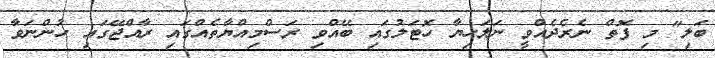
ބަލި" މި ފޮތް ނެރެދެއްވީ ނަލަހިޔާ ހޮޓަލުގައި ބޭއްވި ރަސްމިއްޔާތެއްގައި ރާއްޖޭގައި ހުންނަވާ